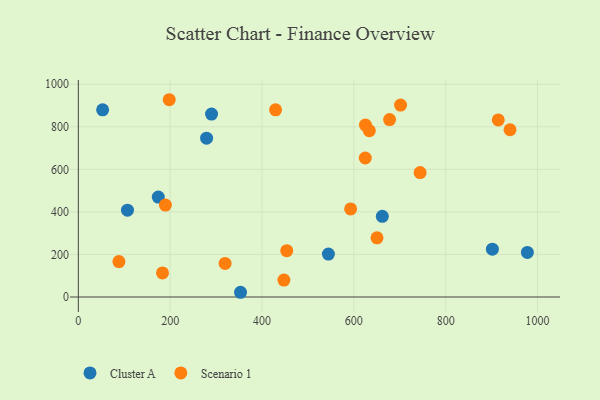
{"axis": {"x": "Investment", "y": "Demand"}, "legend": ["Cluster A", "Scenario 1"], "data": [{"x": "544.6", "y": 201.9, "type": "Cluster A"}, {"x": "977.9", "y": 209.7, "type": "Cluster A"}, {"x": "279.3", "y": 746.7, "type": "Cluster A"}, {"x": "174.1", "y": 469.8, "type": "Cluster A"}, {"x": "107.0", "y": 407.9, "type": "Cluster A"}, {"x": "290.1", "y": 859.9, "type": "Cluster A"}, {"x": "662.0", "y": 379.4, "type": "Cluster A"}, {"x": "353.2", "y": 22.2, "type": "Cluster A"}, {"x": "52.9", "y": 879.8, "type": "Cluster A"}, {"x": "901.7", "y": 224.7, "type": "Cluster A"}, {"x": "189.6", "y": 432.0, "type": "Scenario 1"}, {"x": "319.6", "y": 157.8, "type": "Scenario 1"}, {"x": "940.1", "y": 786.1, "type": "Scenario 1"}, {"x": "677.8", "y": 833.9, "type": "Scenario 1"}, {"x": "88.4", "y": 166.5, "type": "Scenario 1"}, {"x": "624.9", "y": 653.4, "type": "Scenario 1"}, {"x": "633.7", "y": 781.6, "type": "Scenario 1"}, {"x": "183.3", "y": 113.3, "type": "Scenario 1"}, {"x": "744.3", "y": 584.6, "type": "Scenario 1"}, {"x": "197.9", "y": 927.2, "type": "Scenario 1"}, {"x": "650.4", "y": 277.9, "type": "Scenario 1"}, {"x": "625.3", "y": 808.0, "type": "Scenario 1"}, {"x": "453.9", "y": 217.7, "type": "Scenario 1"}, {"x": "914.5", "y": 832.2, "type": "Scenario 1"}, {"x": "701.7", "y": 902.0, "type": "Scenario 1"}, {"x": "447.7", "y": 79.6, "type": "Scenario 1"}, {"x": "593.0", "y": 413.8, "type": "Scenario 1"}, {"x": "429.5", "y": 879.5, "type": "Scenario 1"}]}